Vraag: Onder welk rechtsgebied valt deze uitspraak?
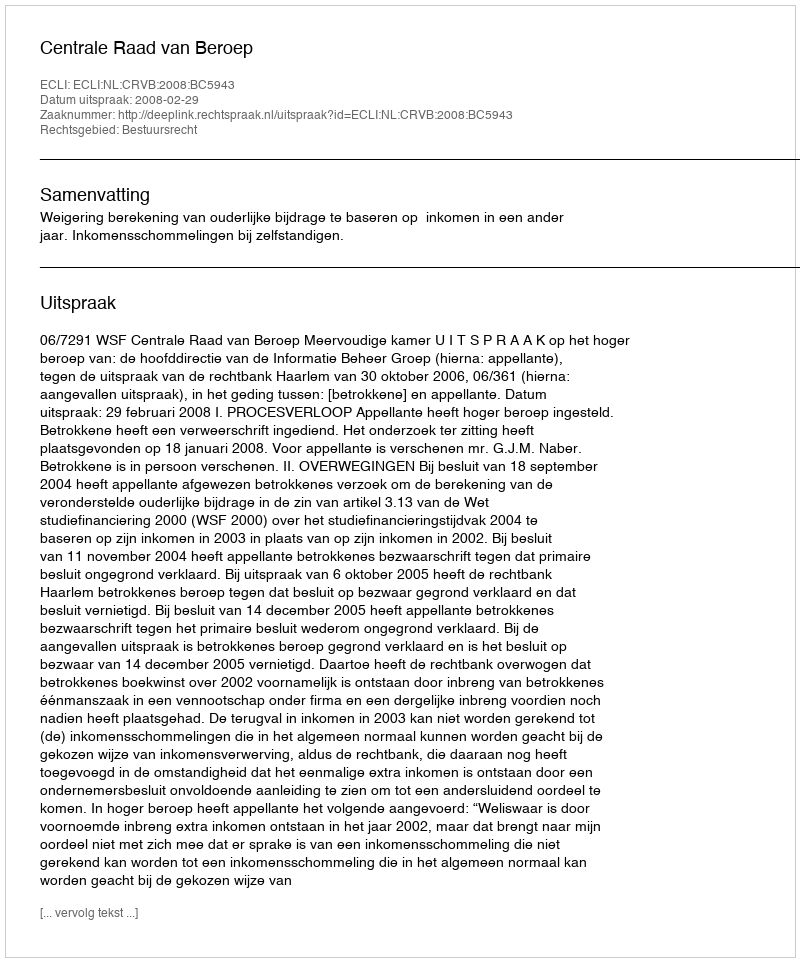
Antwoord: Bestuursrecht